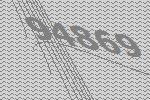
94869